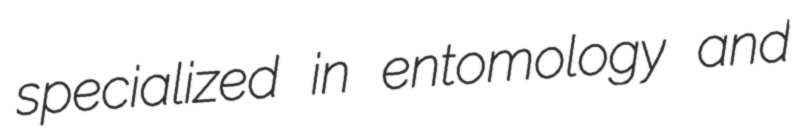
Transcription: specialized in entomology and